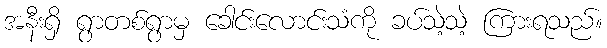
အနီးရှိ ရွာတစ်ရွာမှ ခေါင်းလောင်းသံကို ခပ်သဲ့သဲ့ ကြားရသည်။